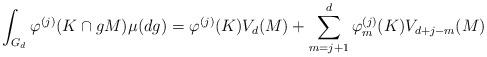
LaTeX: \begin{align*}\int_{G_d} \varphi^{(j)} (K\cap gM) \mu (dg)= \varphi^{(j)}(K)V_{d}(M)+\sum_{m=j+1}^{d} \varphi_{m}^{(j)}(K)V_{d+j-m}(M)\end{align*}